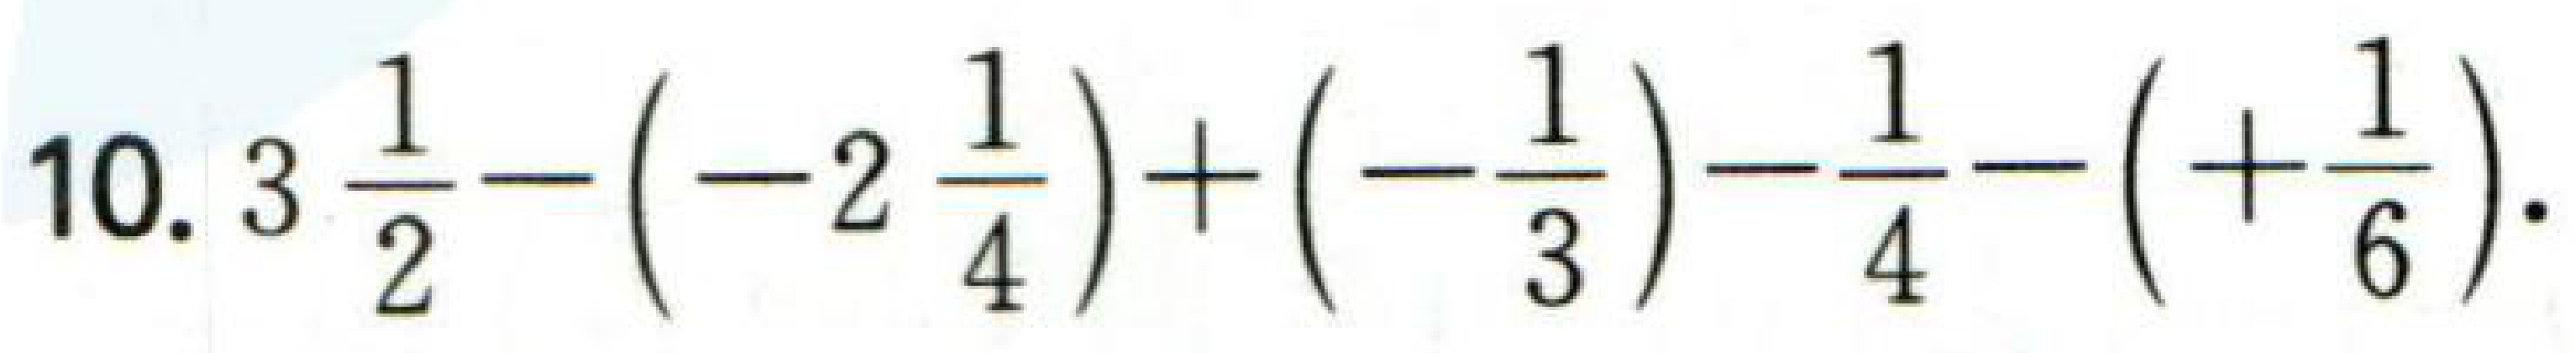
10. \(3\frac{1}{2}-(-2\frac{1}{4})+(-\frac{1}{3})-\frac{1}{4}-(+\frac{1}{6})\).